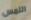
اللمس